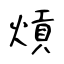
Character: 熕